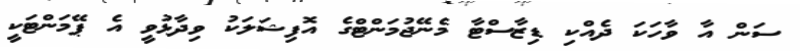
ސަން އާ ވާހަކަ ދެއްކި ޑިޒާސްޓާ މެނޭޖުމަންޓްގެ އޮފިޝަލަކު ވިދާޅުވީ އެ ޕޭމަންޓަކީ